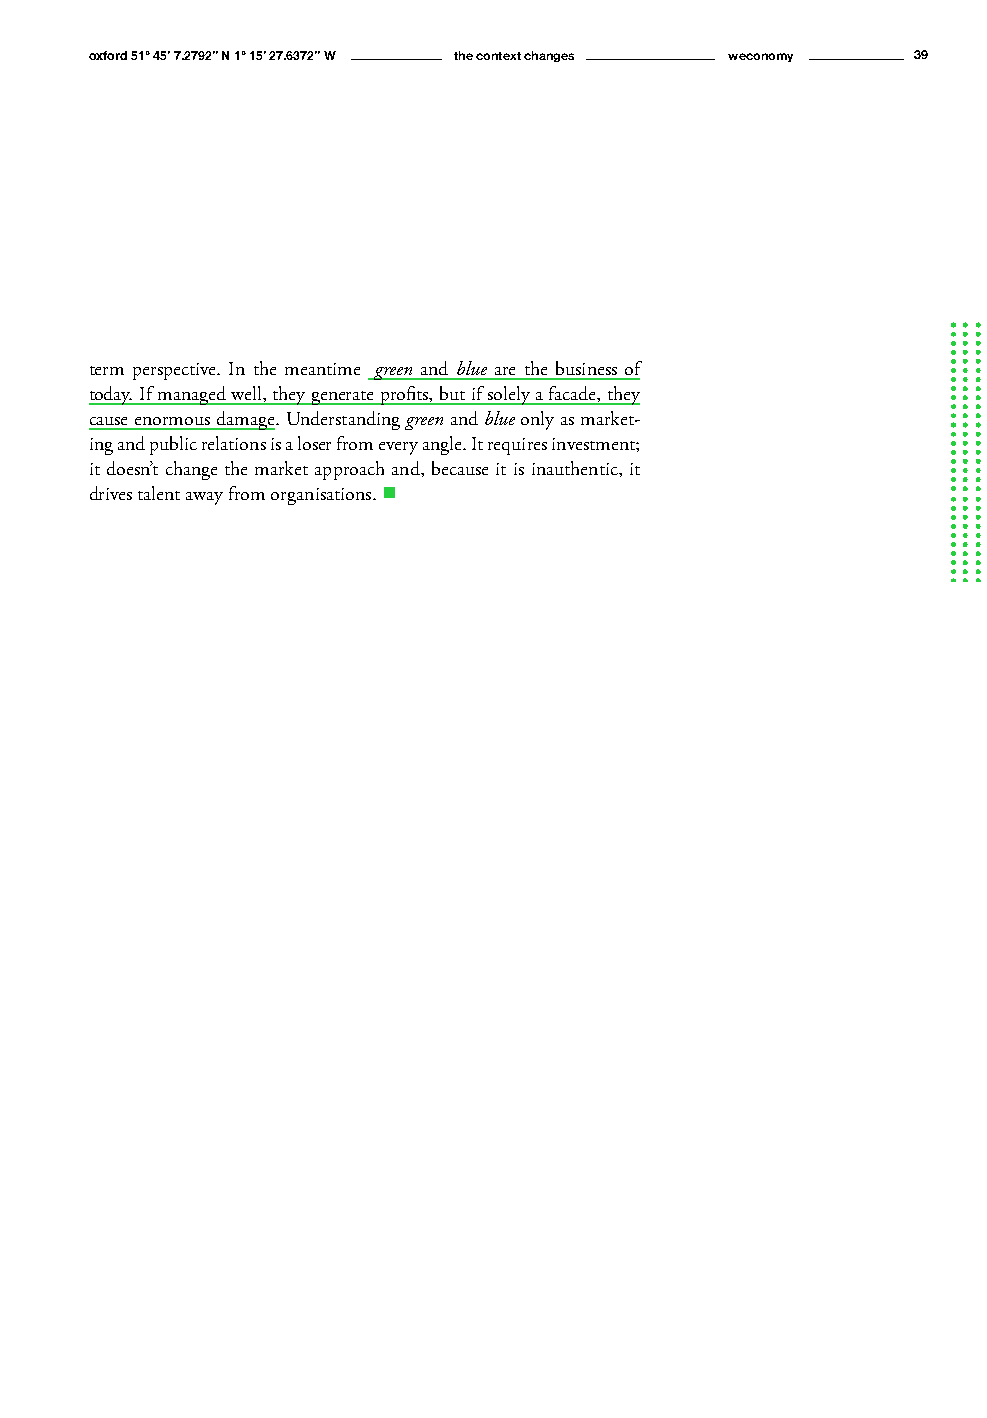
oxford 51° 45’ 7.2792’’ N 1° 15’ 27.6372’’ W the context changes weconomy 39
 term perspective. In the meantime green and blue are the business of
 today. If managed well, they generate profits, but if solely a facade, they
 cause enormous damage. Understanding green and blue only as market-
 ing and public relations is a loser from every angle. It requires investment;
 it doesn’t change the market approach and, because it is inauthentic, it
 drives talent away from organisations. n